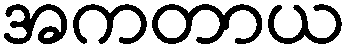
အကတာယ